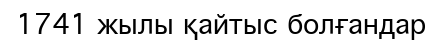
1741 жылы қайтыс болғандар